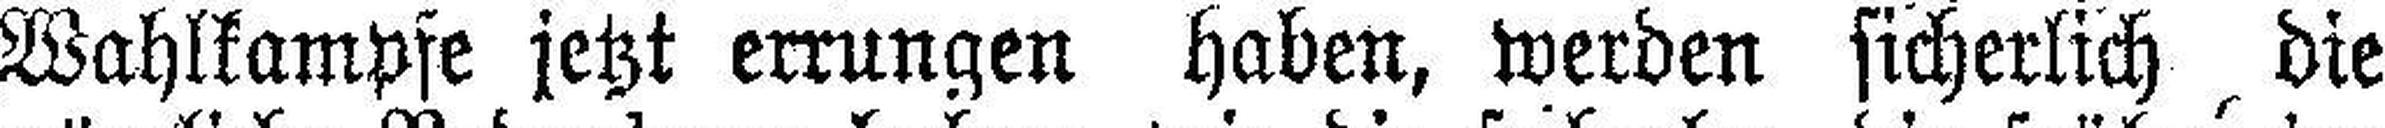
Wahlkampfe jetzt errungen haben, werden sicherlich die